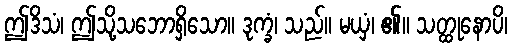
ဤဒိသံ၊ ဤသို့သဘောရှိသော။ ဒုက္ခံ၊ သည်။ မယှံ၊ ၏။ သတ္ထုနောပိ၊